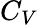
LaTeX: C_{V}